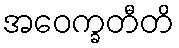
အဝေက္ခတီတိ